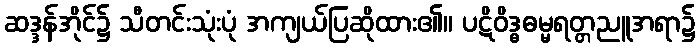
ဆဒ္ဒန်အိုင်၌ သီတင်းသုံးပုံ အကျယ်ပြဆိုထား၏။ ပဋိဝိဒ္ဓဓမ္မရတ္တညူအရာ၌